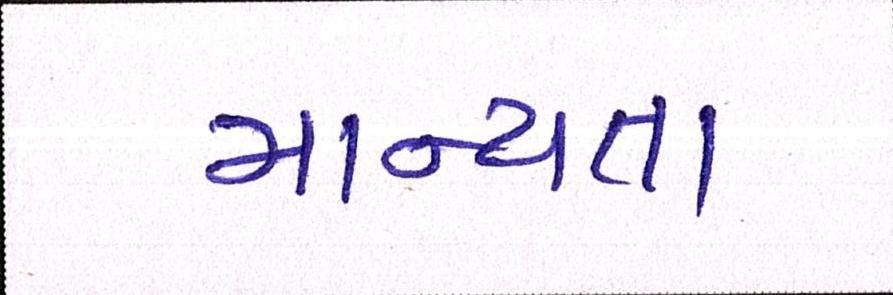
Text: માન્યતા